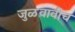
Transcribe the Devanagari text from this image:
जुळवावीच